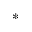
^ { * }